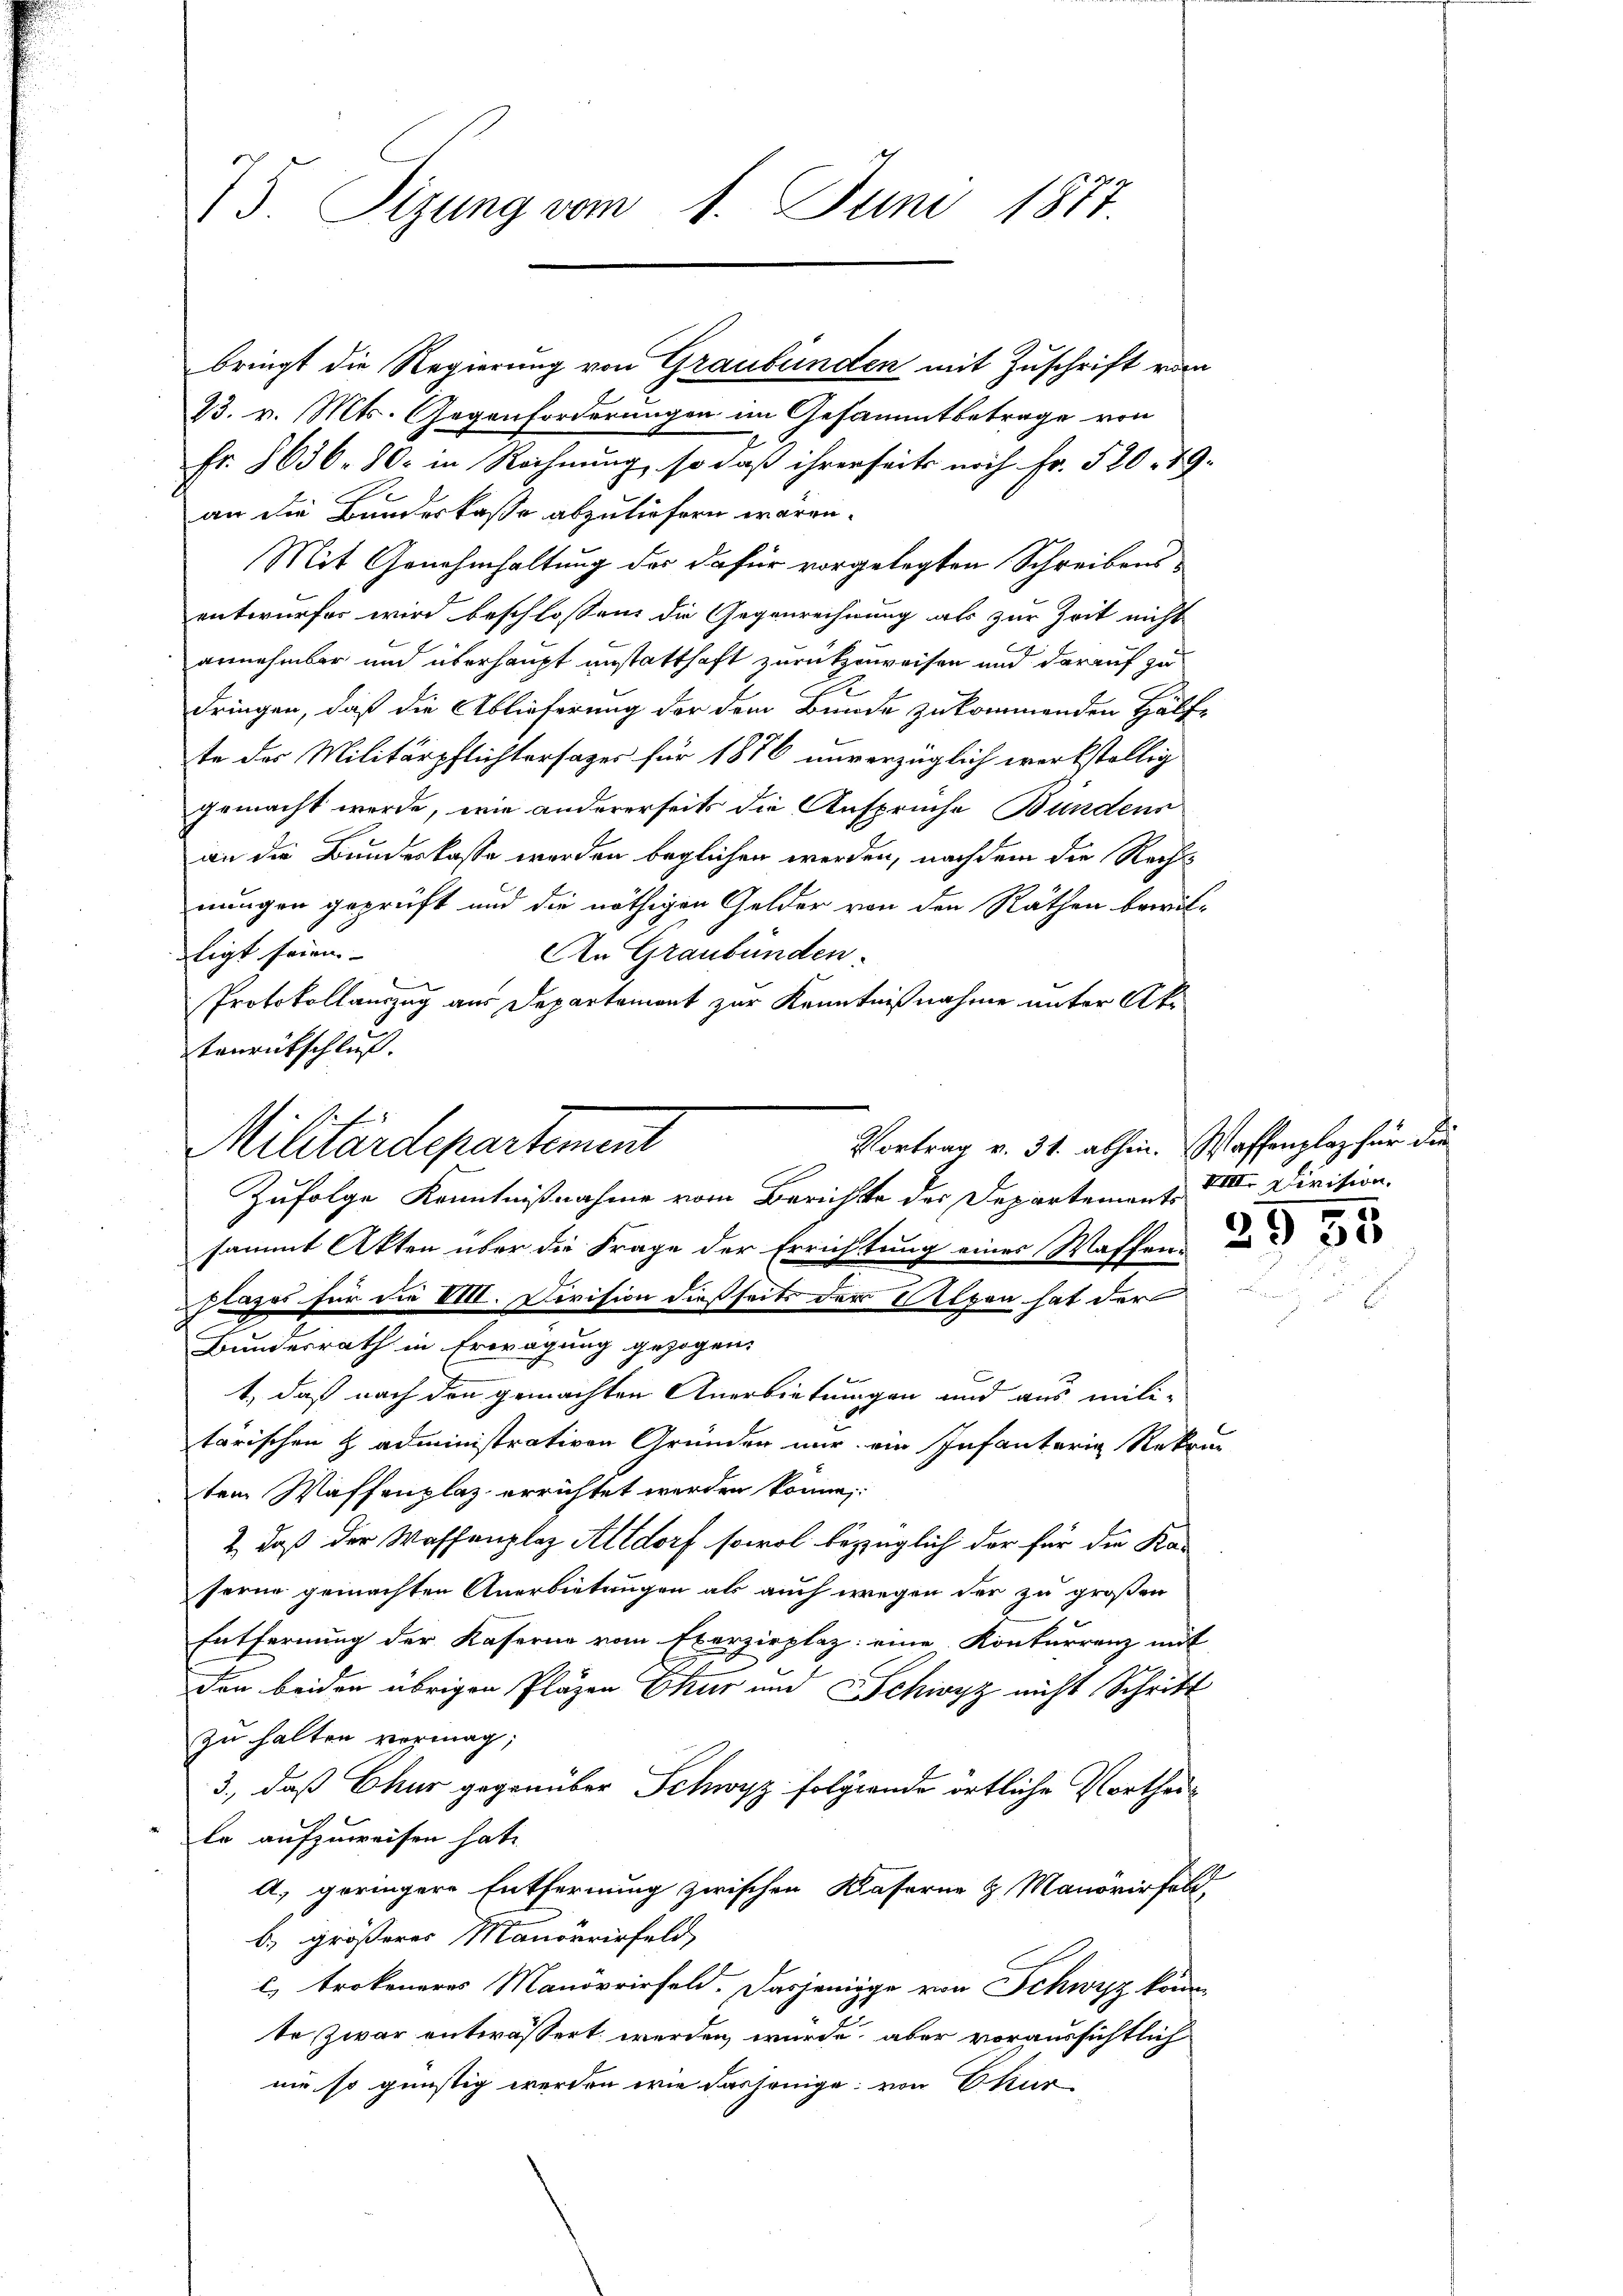
75. Segung vom 1. Juni 1811.

73. v. Mts. Gegenforderungen im Gesammtbetrage von
Fr. 8636. 80. in Rechnung, so daß ihrerseits noch Fr. 520. 19.
an die Bundeskasse abzuliefern wären.
Mit Genehmhaltung der dafür vorgelegten Schreibensentwurfes wird beschlossen, die Gegenrechnung als zur Zeit nicht
annehmbar und überhaupt anstatthaft zurückzuweisen und darauf zu
dringen, daß die Ablieferung der dem Bunde zukommenden Hälfte des Militärpflichtersatzes für 1876 unverzüglich werkstellig
gemacht werde, wie andererseits die Ansprüche Bunden
an die Bundeskasse werden beglichen werden, nachdem die Rechnungen geprüft und die nöthigen Gelder von den Räthen bewilligt seinen |
An Graubünden.
Protokollauszug aus Departemont zur Kenntnißnahme unter Aktenrütschluß.
Zufolge Kenntnißnahme vom Berichte der Departement. VIII. Division.
sammt Akten über die Frage der Errichtung eines Waffen-
Flages für die M. Division dießseits der Alpen hat der
Bundesrath in Erwägung gezogen,
t, daß nach den gemachten Anerbietungen und aus militärischen H administrativen Gründen nur ein Infantaria Rekri
tem Waffenplaz errichtet werden könne,
2., daß der Waffenplaz Altdorf sowol bezüglich der für die Ka-
ferne gemachten Anerbietungen als auch wegen der zu großen
Entfernung der Kaserne vom Exerzirplaz: eine Konturrenz mit
den beiden übrigen Pläzen Chur um Schwyz nicht Schritt
zu halten vermag,
3., daß Chur gegenüber Schwyz folgende örtliche Vortheile aufzuweisen hat.
A.) geringere Entfernung zwischen Kaserne & Manovirfeld,
b) größeres Manörrirfeld,
l. trokeneres Manorrirfeld. Dasjenige von Schwyz konn
te Zwar entwässert werden wurde, aber voraussichtlich
nie so günstig werden wie dasjenige von Ekur

bringt die Regierung von Graubünden mit Zuschrift vom

Vortrag v. 31. abhin. Waffenplaz für die
Militärdepartement

2955